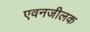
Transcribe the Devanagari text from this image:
एवनजीलक